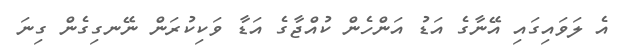
އެ ލަވައިގައި އޭނާގެ އަޑު އަންހެން ކުއްޖާގެ އަޑާ ވަކިކުރަން ނޭނގިގެން ގިނަ